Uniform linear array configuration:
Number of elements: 16
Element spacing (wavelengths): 0.75
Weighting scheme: hamming
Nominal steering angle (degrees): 15
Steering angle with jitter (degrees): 15.153
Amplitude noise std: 0.05
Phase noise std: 0.05

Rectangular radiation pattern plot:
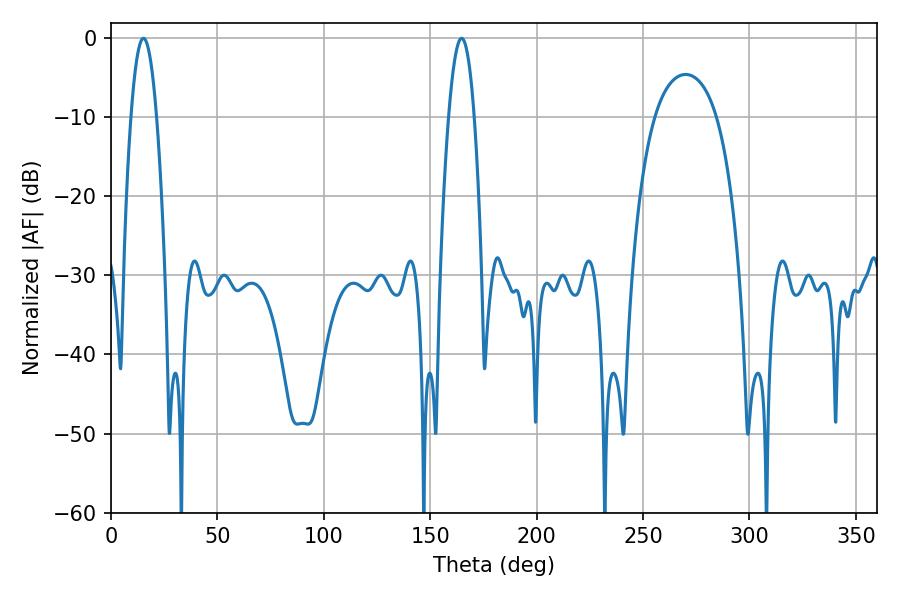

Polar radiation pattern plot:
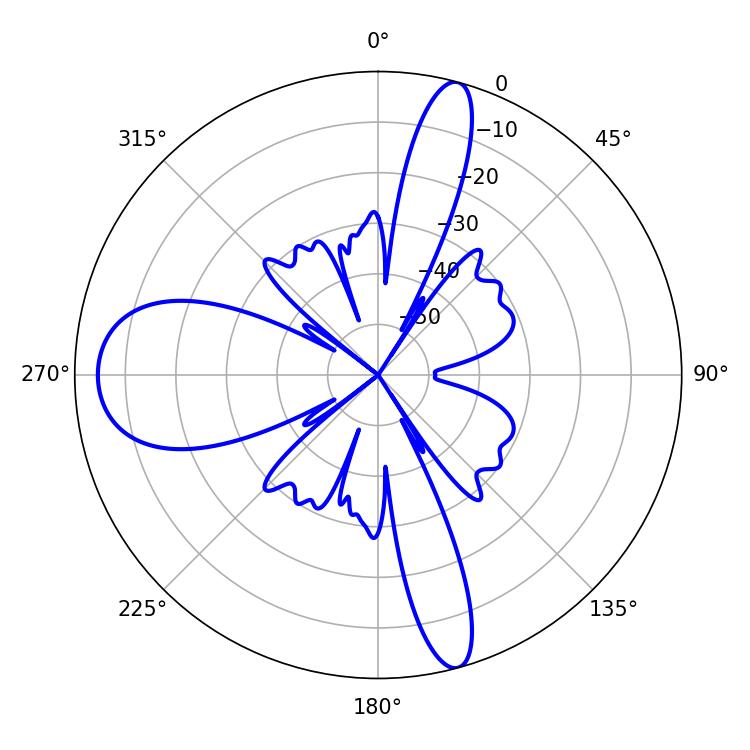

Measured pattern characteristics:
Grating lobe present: TRUE
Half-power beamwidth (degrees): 6.48
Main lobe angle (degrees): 15.3